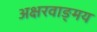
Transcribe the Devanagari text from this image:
अक्षरवाङ्‌मय